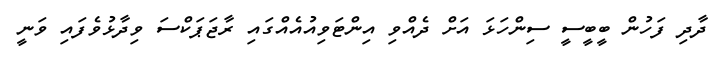
ދާދި ފަހުން ބީބީސީ ސިންހަޅަ އަށް ދެއްވި އިންޓަވިއުއެއްގައި ރާޖަޕަކްސަ ވިދާޅުވެފައި ވަނީ